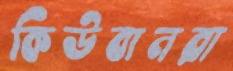
কিউবানরা